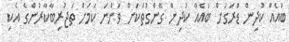
ބައެއް ކުދިން ޑްރަގަށް ބައެއް ކުދިން ގޭންގުތަކަށް ވަންނަ ކަމަށް ތަޖުރިބާކާރުންގެ އެކި